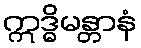
ဣဒ္ဓိမန္တာနံ